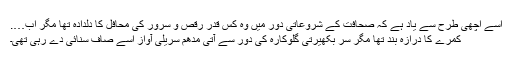
اسے اچھی طرح سے یاد ہے کہ صحافت کے شروعاتی دور میں وہ کس قدر رقص و سرور کی محافل کا دلدادہ تھا مگر اب….
کمرے کا درازہ بند تھا مگر سُر بکھیرتی گلوکارہ کی دور سے آتی مدھم سریلی آواز اسے صاف سنائی دے رہی تھی۔